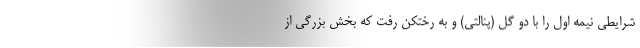
شرایطی نیمه اول را با دو گل (پنالتی) و به رختکن رفت که بخش بزرگی از